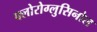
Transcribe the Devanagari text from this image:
फ्लोरोग्लुसिनोल